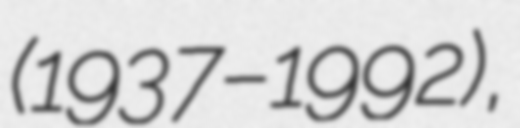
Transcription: (1937–1992),